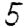
Digit: 5